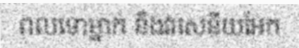
ពលទោម្នាក់ នឹងវរសេនីយអែក